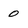
Character: 0